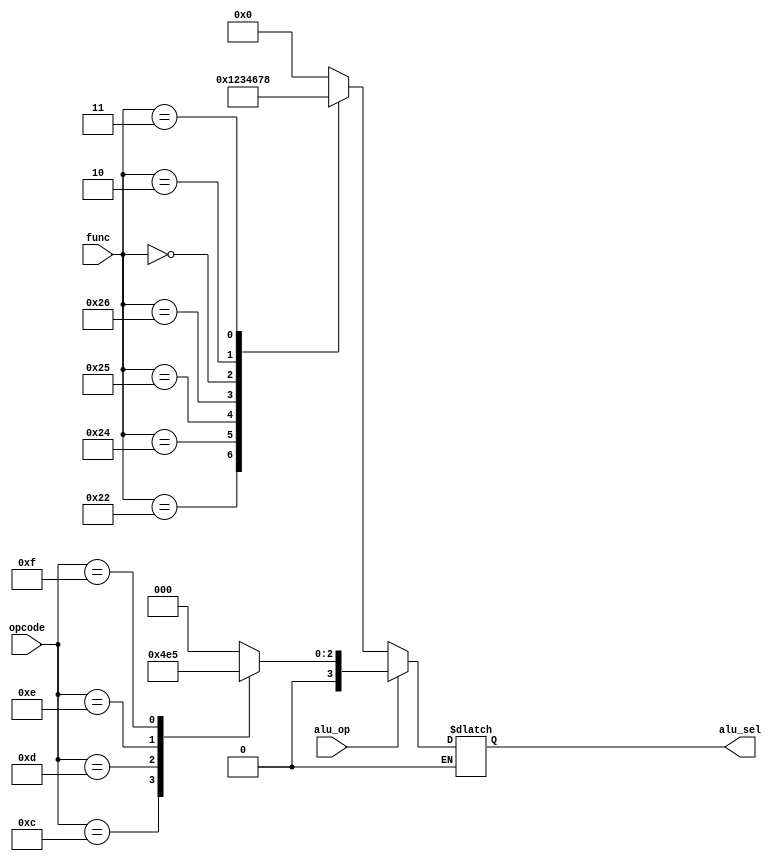
`timescale 1ns / 1ps
//////////////////////////////////////////////////////////////////////////////////
// Company: 
// Engineer: 
// 
// Design Name: 
// Module Name:    ALUControl 
// Project Name: 
// Target Devices: 
// Tool versions: 
// Description: 
//
// Dependencies: 
//
// Revision: 
// Revision 0.01 - File Created
// Additional Comments: 
//
//////////////////////////////////////////////////////////////////////////////////
module ALUControl(
    input [5:0] func,
	 input [5:0] opcode,
    input alu_op, //0: R-Type, 1:I-Type
    output [3:0] alu_sel
    );
	 reg [3:0] res;
	 assign alu_sel = res;
	 always @(*)
		 begin
			if(alu_op == 1'b0) //R
				begin
					case(func)
						6'b100000: // add
							res = 4'b0000 ; 
						6'b100010: //sub
							res = 4'b0001;
						6'b100100: //and
							res = 4'b0010;
						6'b100101: //or
							res = 4'b0011;
						6'b100110: //xor
							res = 4'b0100;
						6'b000000: //sll
							res = 4'b0110;
						6'b000010: //srl
							res = 4'b0111;
						6'b000011: //sra
							res = 4'b1000;
						default: res = 4'b0000; 
					endcase
				end
			else if (alu_op == 1'b1) //I
				begin
					case(opcode)
						6'b001000 || 6'b100011 || 6'b101011: // addi, lw, sw
							res = 4'b0000 ; 
						6'b000101 || 000100: //bne, beq
							res = 4'b0001;
						6'b001100: //andi
							res = 4'b0010;
						6'b001101: //ori
							res = 4'b0011;
						6'b001110: //xori
							res = 4'b0100;						
						6'b001111: //lui
							res = 4'b0101;
						default: res = 4'b0000; 
					endcase
				end
				
			  
		 end


endmodule